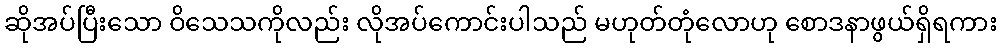
ဆိုအပ်ပြီးသော ဝိသေသကိုလည်း လိုအပ်ကောင်းပါသည် မဟုတ်တုံလောဟု စောဒနာဖွယ်ရှိရကား